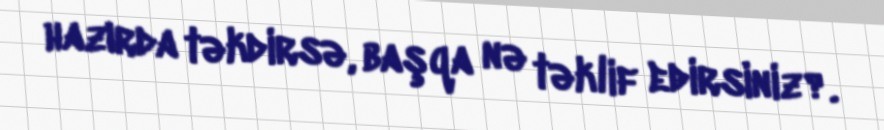
hazırda təkdirsə, başqa nə təklif edirsiniz?.